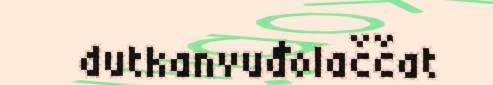
dutkanvuđolaččat